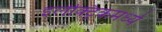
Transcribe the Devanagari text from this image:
इलेक्ट्रिकमध्ये